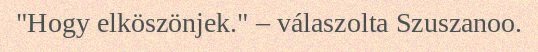
"Hogy elköszönjek." – válaszolta Szuszanoo.